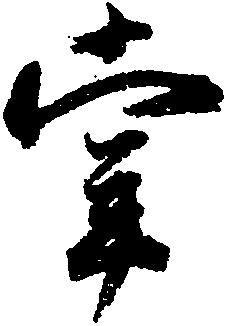
掌